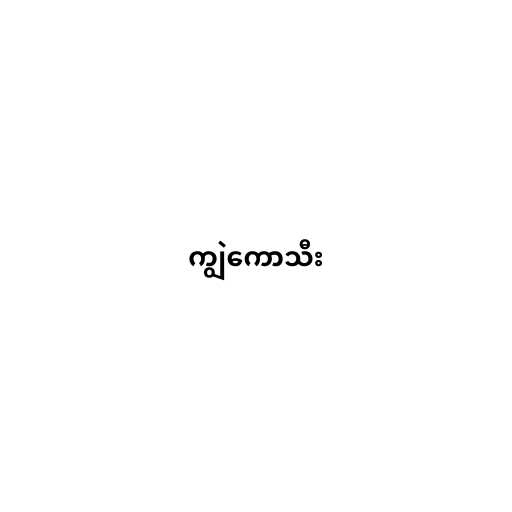
ကျွဲကောသီး